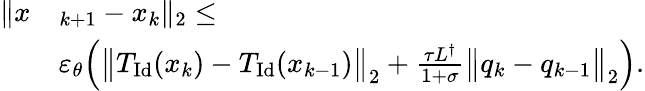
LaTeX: \begin{array}{rl}{\| x}&{_{k+1}-x_{k}\| _{2}\leq}\\ &{\varepsilon_{\theta}\Bigl(\bigl\| T_{\mathrm{Id}}(x_{k})-T_{\mathrm{Id}}(x_{k-1})\bigr\| _{2}+\frac{\tau L^{\dagger}}{1+\sigma}\bigl\| q_{k}-q_{k-1}\bigr\| _{2}\Bigr).}\end{array}